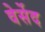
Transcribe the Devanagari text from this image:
वेर्सेद